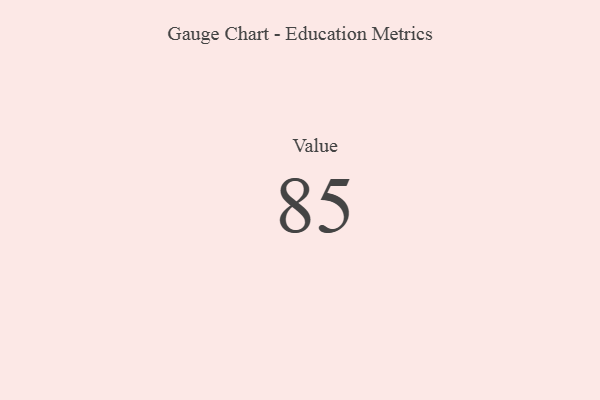
{"axis": {"x": "Metric", "y": "Value"}, "legend": [""], "data": [{"x": "Value", "y": 85, "type": ""}]}